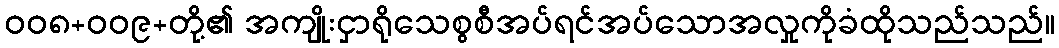
ဝဝ၈+ဝဝ၉+တို့၏ အကျိုးငှာရိုသေစွစီအပ်ရင်အပ်သောအလှုကိုခံထိုသည်သည်။